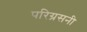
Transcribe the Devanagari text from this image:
परिग्रसनी